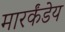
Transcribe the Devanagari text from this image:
मारर्कंडेय